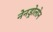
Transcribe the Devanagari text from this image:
नेनड्रोलोन